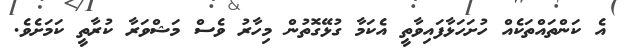
އެ ކަންތައްތަކެއް ހުށަހަޅާފައިވާތީ އެކަމާ ގުޅޭގޮތުން މިހާރު ވެސް މަޝްވަރާ ކުރާތީ ކަމަށެވެ.